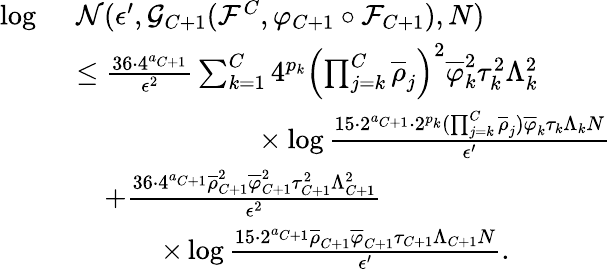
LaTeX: \begin{array}{rl}{\log\ }&{\mathcal{N}(\epsilon^{\prime},\mathcal{G}_{C+1}(\mathcal{F}^{C},\varphi_{C+1}\circ\mathcal{F}_{C+1}),N)}\\ &{\leq\frac{36\cdot 4^{a_{C+1}}}{\epsilon^{2}}\sum_{k=1}^{C}4^{p_{k}}\left(\prod_{j=k}^{C}\overline{{\rho}}_{j}\right)^{2}\overline{{\varphi}}_{k}^{2}\tau_{k}^{2}\Lambda_{k}^{2}}\\ &{\qquad\qquad\qquad\ \times\log\frac{15\cdot 2^{a_{C+1}}\cdot 2^{p_{k}}(\prod_{j=k}^{C}\overline{{\rho}}_{j})\overline{{\varphi}}_{k}\tau_{k}\Lambda_{k}N}{\epsilon^{\prime}}}\\ &{\quad+\frac{36\cdot 4^{a_{C+1}}\overline{{\rho}}_{C+1}^{2}\overline{{\varphi}}_{C+1}^{2}\tau_{C+1}^{2}\Lambda_{C+1}^{2}}{\epsilon^{2}}}\\ &{\qquad\quad\times\log\frac{15\cdot 2^{a_{C+1}}\overline{{\rho}}_{C+1}\overline{{\varphi}}_{C+1}\tau_{C+1}\Lambda_{C+1}N}{\epsilon^{\prime}}.}\end{array}